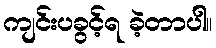
ကျင်းပခွင့်ရ ခဲ့တာပါ။